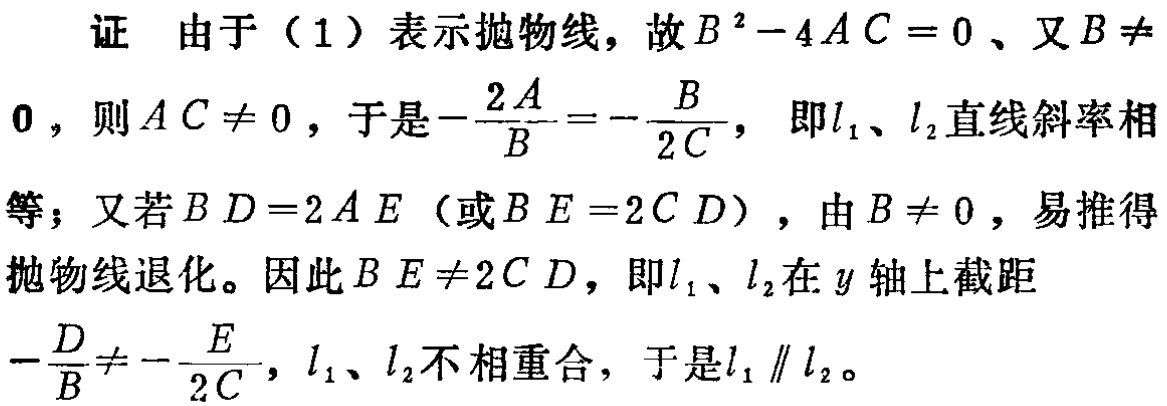
证 由于（1）表示抛物线，故\(B^{2}-4AC = 0\)、又\(B\neq 0\)，则\(AC\neq 0\)，于是\(-\frac{2A}{B}=-\frac{B}{2C}\)， 即\(l_{1}\)、\(l_{2}\)直线斜率相等；又若\(BD = 2AE\)（或\(BE = 2CD\)），由\(B\neq 0\)，易推得抛物线退化。因此\(BE\neq 2CD\)，即\(l_{1}\)、\(l_{2}\)在\(y\)轴上截距\(-\frac{D}{B}\neq -\frac{E}{2C}\)，\(l_{1}\)、\(l_{2}\)不相重合，于是\(l_{1}\parallel l_{2}\)。